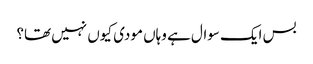
بس ایک سوال ہے وہاں مودی کیوں نہیں تھا؟